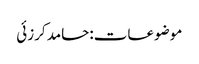
موضوعات:حامد کرزئی